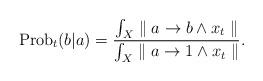
LaTeX: \begin{align*}{\rm Prob}_t(b|a)={{\int_{X} \parallel a\rightarrow b\wedge x_t \parallel}\over{\int_{X} \parallel a\rightarrow 1\wedge x_t \parallel}}.\end{align*}